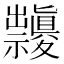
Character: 𥜱